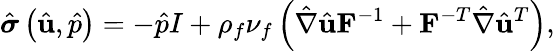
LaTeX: \hat{\boldsymbol{\sigma}}\left(\hat{\mathbf{u}},\hat{p}\right)=-\hat{p}I+\rho_{f}\nu_{f}\left(\hat{\nabla}\hat{\mathbf{u}}\mathbf{F}^{-1}+\mathbf{F}^{-T}\hat{\nabla}\hat{\mathbf{u}}^{T}\right),